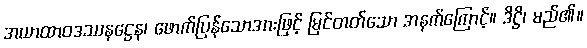
အယာထာဝဒဿနဋ္ဌေန၊ ဖောက်ပြန်သောအားဖြင့် မြင်တတ်သော အနက်ကြောင့်။ ဒိဋ္ဌိ၊ မည်၏။